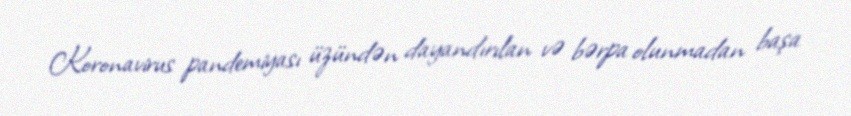
Koronavirus pandemiyası üzündən dayandırılan və bərpa olunmadan başa